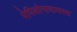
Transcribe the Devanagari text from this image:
पेपिलोमावायरस